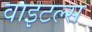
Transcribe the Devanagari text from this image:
वाइटल्स